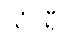
သံဝရီပိ